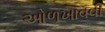
ઓળખાવવી